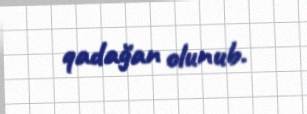
qadağan olunub.